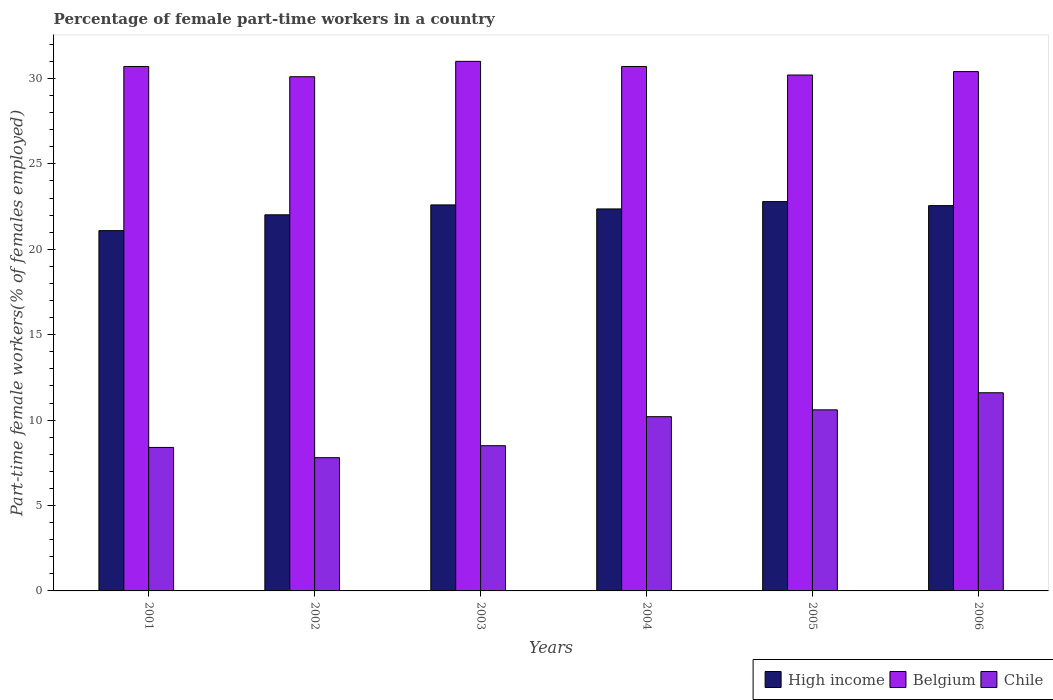
| Years | High income | Belgium | Chile |
 | --- | --- | --- | --- |
 | 2001 | 21.1 | 30.7 | 8.4 |
 | 2002 | 22 | 30.1 | 7.8 |
 | 2003 | 22.6 | 31 | 8.5 |
 | 2004 | 22.4 | 30.7 | 10.2 |
 | 2005 | 22.8 | 30.2 | 10.6 |
 | 2006 | 22.6 | 30.4 | 11.6 |